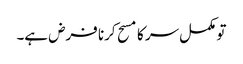
تو مکمل سر کا مسح کرنا فرض ہے۔